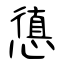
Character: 憄